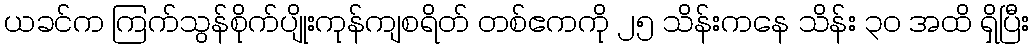
ယခင်က ကြက်သွန်စိုက်ပျိုးကုန်ကျစရိတ် တစ်ဧကကို ၂၅ သိန်းကနေ သိန်း ၃၀ အထိ ရှိပြီး